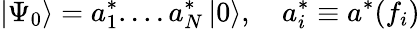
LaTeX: \left|\Psi_{0}\right\rangle=a_{1}^{*}....a_{N}^{*}\left|0\right\rangle,\quad a_{i}^{*}\equiv a^{*}(f_{i})